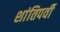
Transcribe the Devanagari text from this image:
शांतिपर्वी